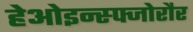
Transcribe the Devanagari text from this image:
हेओइन्स्फ्जोरौर